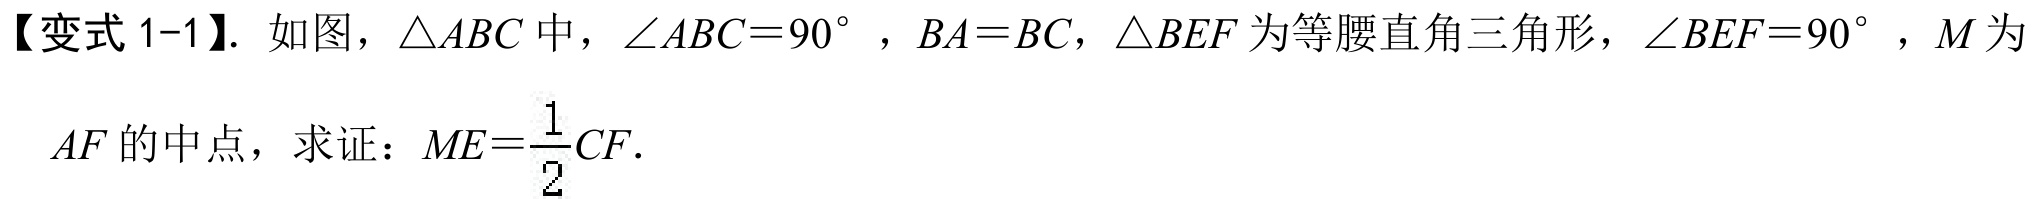
【变式 1-1】. 如图，$\triangle ABC$中，$\angle ABC = 90^{\circ}$，$BA = BC$，$\triangle BEF$为等腰直角三角形，$\angle BEF = 90^{\circ}$，$M$为$AF$的中点，求证：$ME=\dfrac{1}{2}CF$.